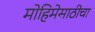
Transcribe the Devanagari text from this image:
मोहिमेसाठीचा